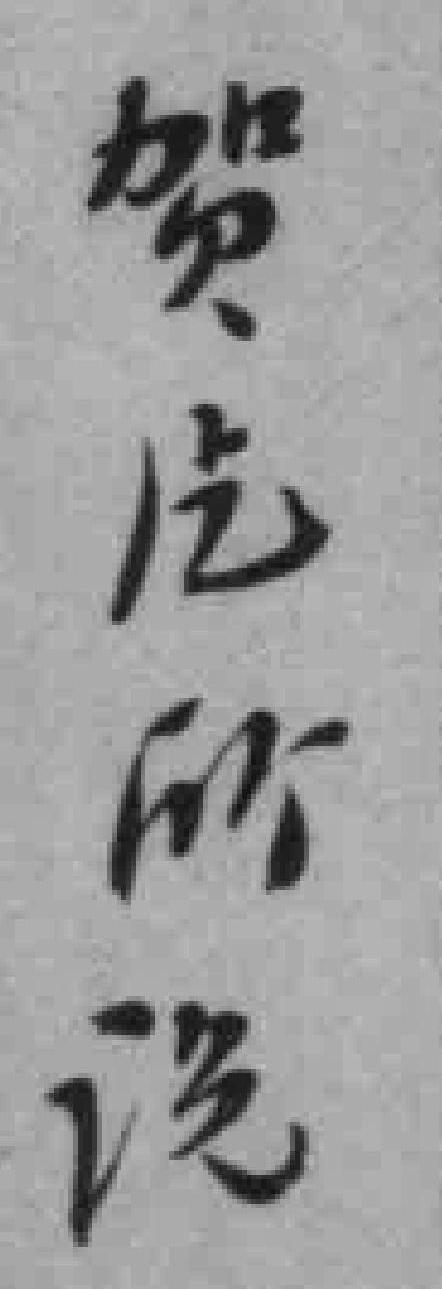
贺片所说